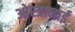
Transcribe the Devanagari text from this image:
ओस्त्रानाई